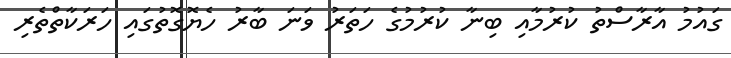
ގައުމު އާރާސްތު ކުރުމާއި ބިނާ ކުރުމުގެ ހަތަރު ވަނަ ބާރު ހެޔޮގޮތުގައި ހަރަކާތްތެރި